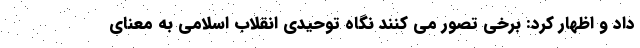
داد و اظهار کرد: برخی تصور می کنند نگاه توحیدی انقلاب اسلامی به معنای